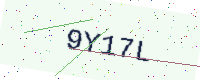
Text: 9Y17L